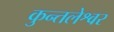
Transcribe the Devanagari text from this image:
कुन्तलेश्वर